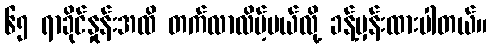
၆၅ ရာခိုင်နှုန်းအထိ တက်လာလိမ့်မယ်လို့ ခန့်မှန်းထားပါတယ်။